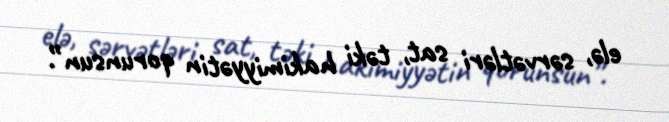
elə, sərvətləri sat, təki hakimiyyətin qorunsun”.